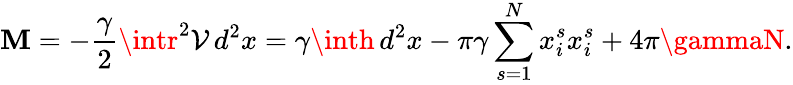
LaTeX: \mathbf{M}=-\frac{{\gamma}}{{2}}\intr^{2}\mathcal{{V}}\, d^{2}x=\gamma\inth\, d^{2}x-\pi\gamma\sum_{s=1}^{N}x_{i}^{s}x_{i}^{s}+4\pi\gammaN.